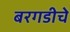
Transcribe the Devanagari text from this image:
बरगडीचे